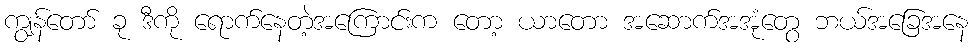
ကျွန်တော် ခု ဒီကို ရောက်နေတဲ့အကြောင်းက တော့ ယာတော အဆောက်အအုံတွေ ဘယ်အခြေအနေ